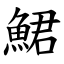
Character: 鮶